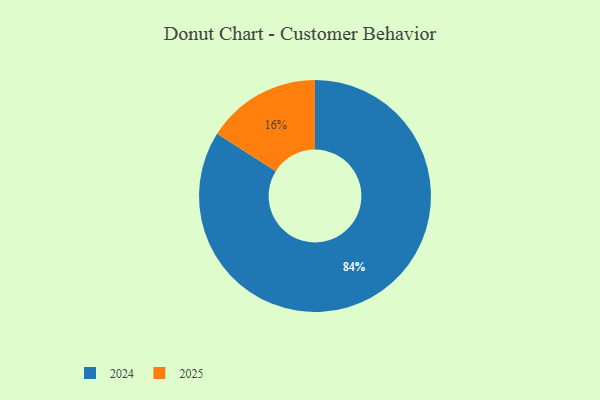
{"axis": {"x": "Category", "y": "Percentage"}, "legend": ["2024", "2025"], "data": [{"x": "2025", "y": 16, "type": "2025"}, {"x": "2024", "y": 84, "type": "2024"}]}